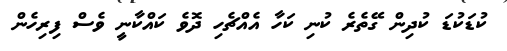
ކުޑަކުޑަ ކުދިން ގޭތެރެ ކުނި ކަހާ އެއްޗެހި ދޮވެ ކައްކާނީ ވެސް ފިރިހެން